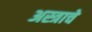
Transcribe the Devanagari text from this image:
अस्त्राचे